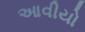
આવીયો